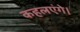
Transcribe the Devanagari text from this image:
कहलएंगे।